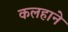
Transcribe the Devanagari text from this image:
कलहाने